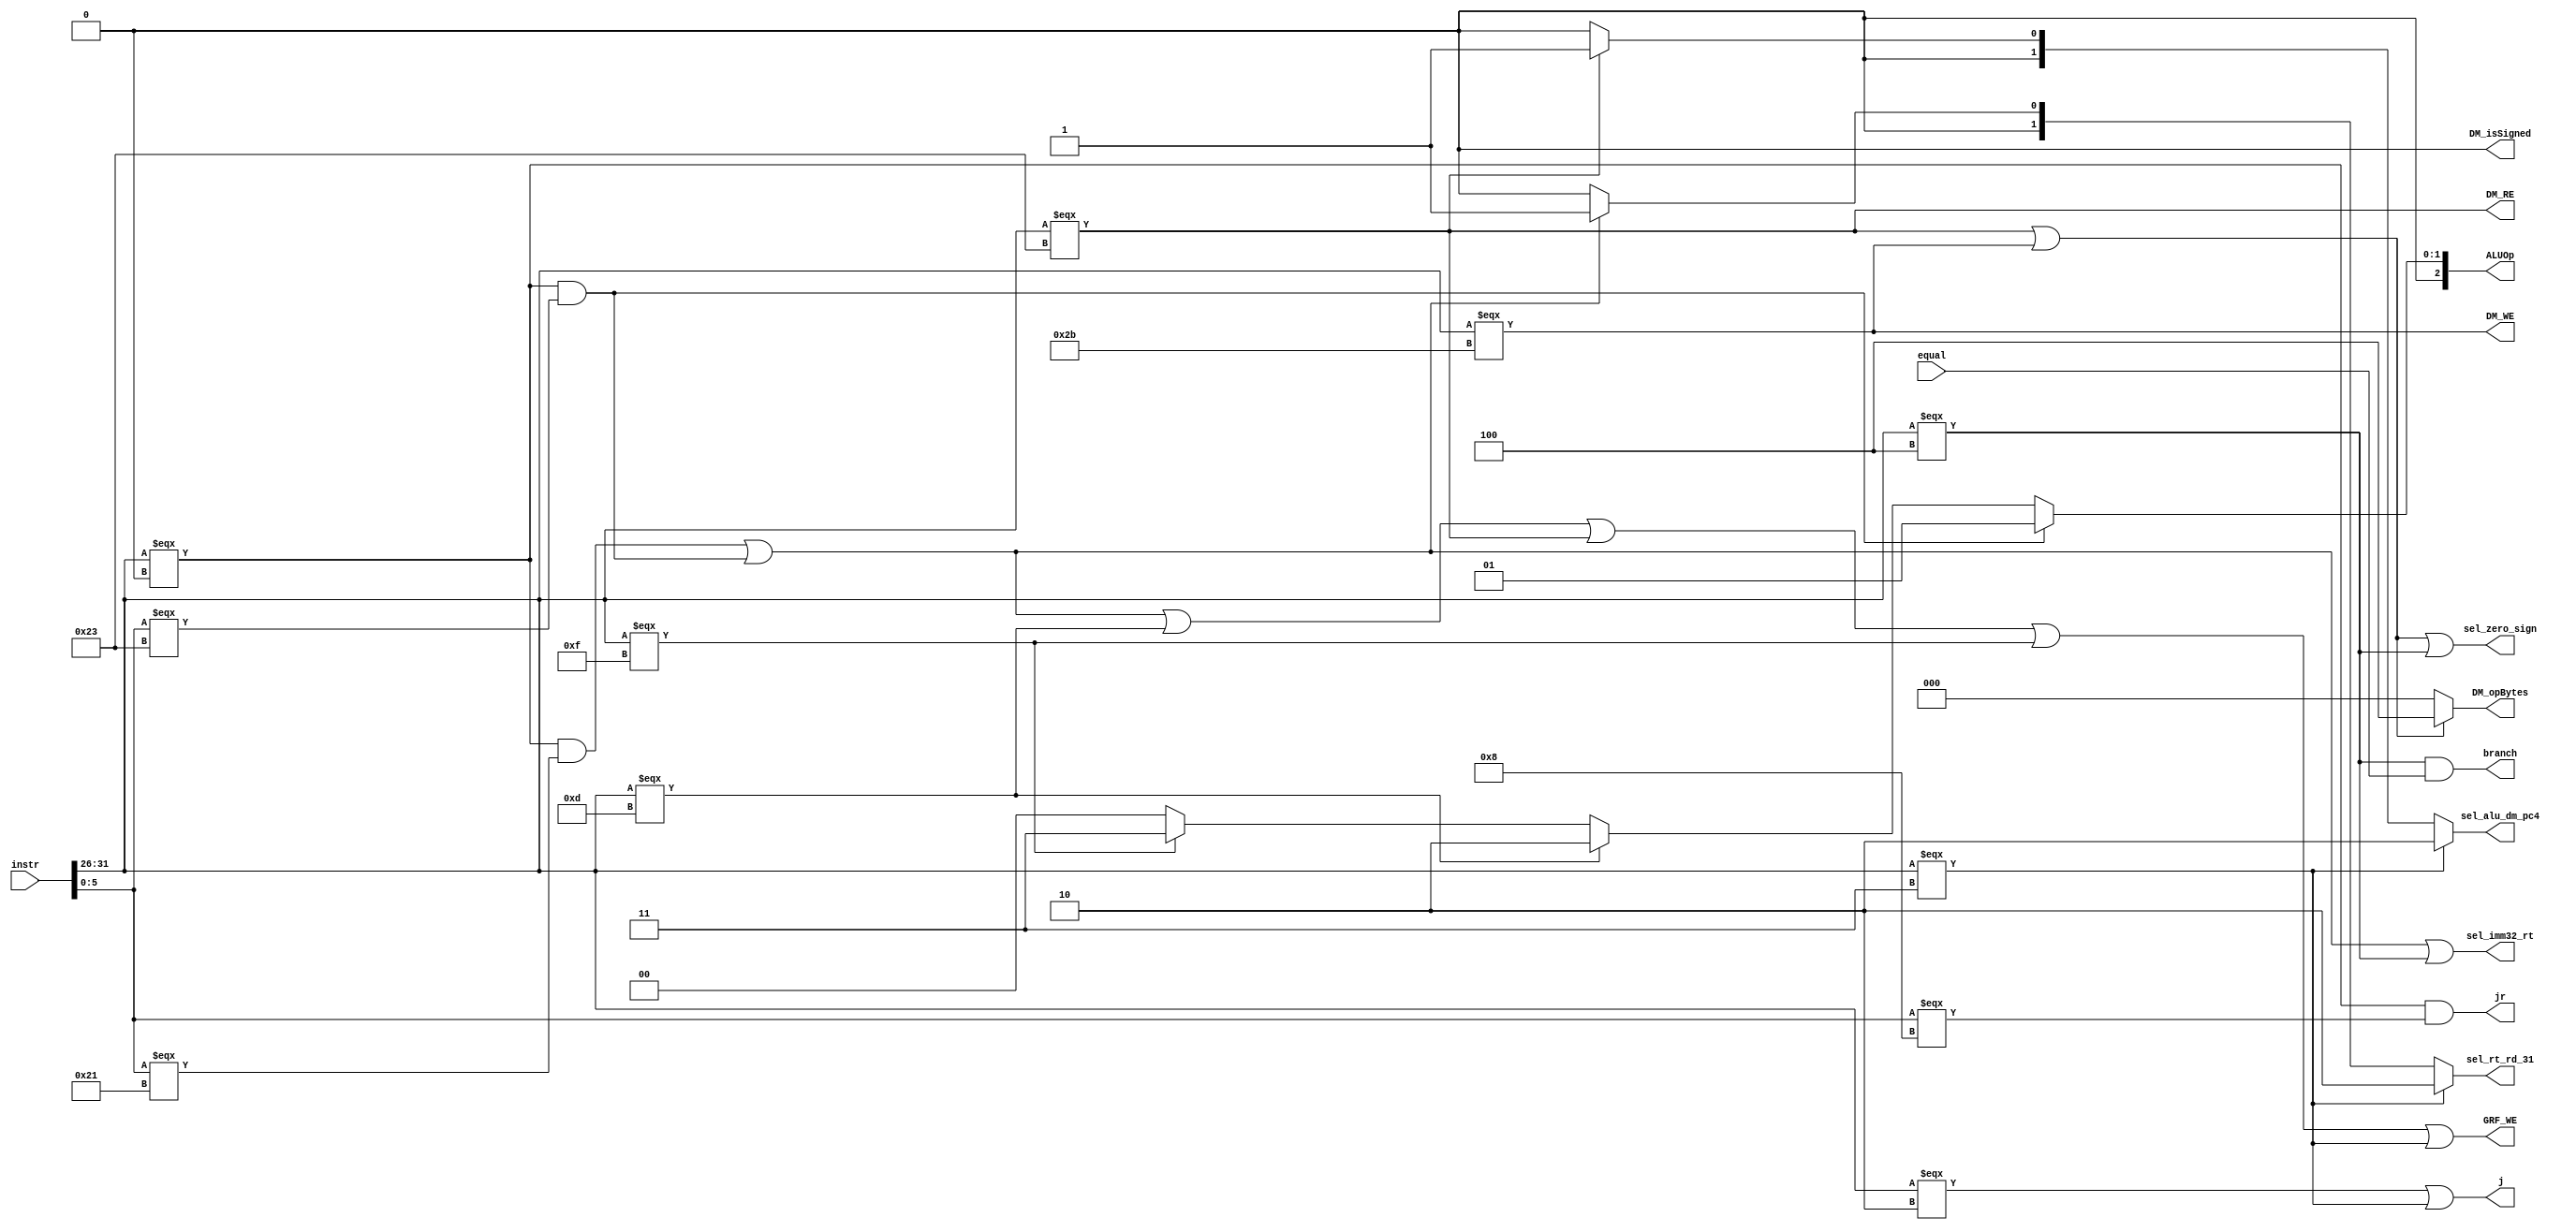
`timescale 1ns / 1ps
`define rs 25:21
`define base 25:21
`define rt 20:16
`define rd 15:11
`define imm16 15:0
`define imm26 25:0
`define op 31:26
`define funct 5:0
`define shamt 10:6
`define ADD 3'h0
`define SUB 3'h1
`define OR 3'h2
`define LUI 3'h3

module Control(
	output branch,
	output j,
	output jr,
	output GRF_WE,
	output [1:0] sel_rt_rd_31,
	output [1:0] sel_alu_dm_pc4,
	output sel_zero_sign,
	output sel_imm32_rt,
	output [2:0] ALUOp,
	output DM_RE,
	output DM_WE,
	output DM_isSigned,
	output [2:0] DM_opBytes,
	input equal,
	input [31:0] instr
    );

	//identify instructions:
	wire isAddu,isSubu,isOri,isLw,isSw,isBeq,isLui,isJal,isJr,isNop;
	
	assign isAddu=(instr[`op]===6'h0)&(instr[`funct]===6'h21);
	assign isSubu=(instr[`op]===6'h0)&(instr[`funct]===6'h23);
	assign isOri=(instr[`op]===6'hd);
	assign isLw=(instr[`op]===6'h23);
	assign isSw=(instr[`op]===6'h2b);
	assign isBeq=(instr[`op]===6'h4);
	assign isLui=(instr[`op]===6'hf);
	assign isJal=(instr[`op]===6'h3);
	assign isJr=(instr[`op]===6'h0)&(instr[`funct]===6'h8);
	assign isJ=(instr[`op]===6'h2);
	assign isNop=(instr===32'h0);
	
	//generate control signals:
	assign branch=(isBeq&equal);
	assign j=isJ|isJal;
	assign jr=isJr;
	assign GRF_WE=isAddu|isSubu|isOri|isLw|isLui|isJal;
	assign ALUOp=isSubu?`SUB:
				 isOri?`OR:
				 isLui?`LUI:
				 `ADD;
	assign DM_RE=isLw;
	assign DM_WE=isSw;
	assign DM_isSigned=0;
	assign DM_opBytes=(isLw|isSw)?3'h4:3'h0;
	assign sel_rt_rd_31=isJal?2'h2:
						(isAddu|isSubu)?2'h1:
						2'h0;
	assign sel_alu_dm_pc4=isJal?2'h2:
						  isLw?2'h1:
						  2'h0;
	assign sel_zero_sign=isLw|isSw|isBeq;
	assign sel_imm32_rt=isAddu|isSubu|isBeq;

endmodule